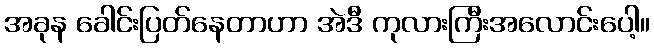
အခုန ခေါင်းပြတ်နေတာဟာ အဲဒီ ကုလားကြီးအလောင်းပေါ့။